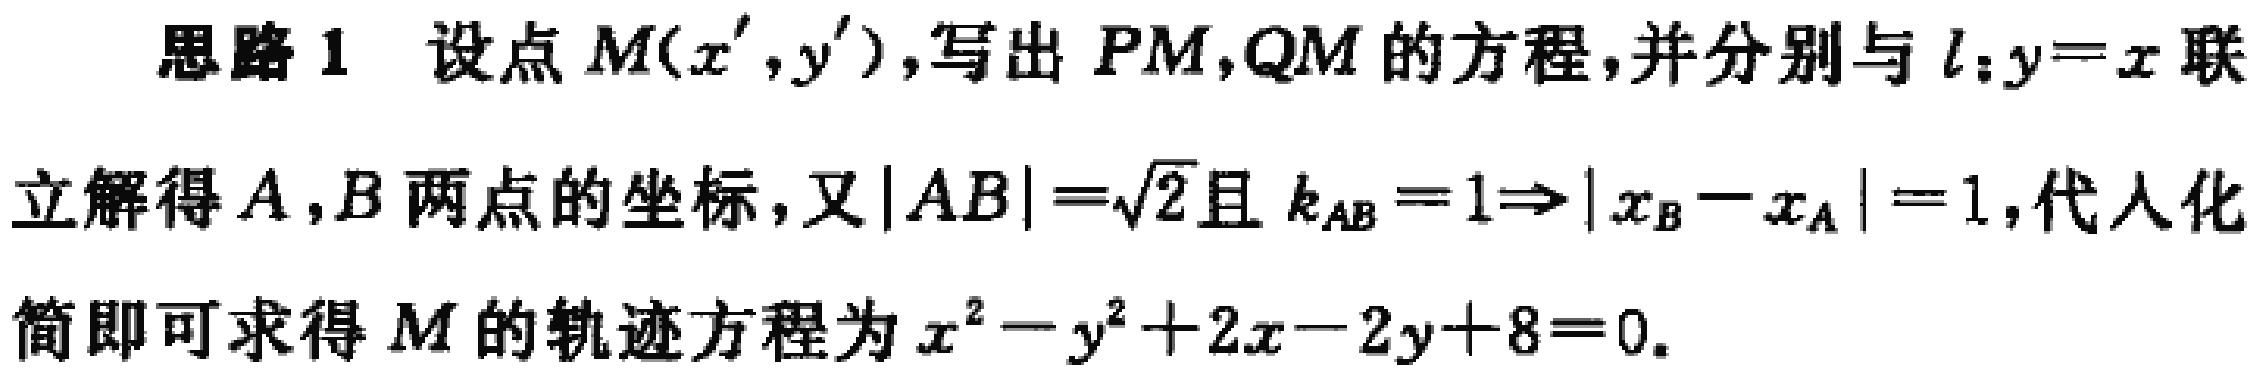
思路 1 设点 \(M(x',y')\),写出 \(PM,QM\) 的方程,并分别与 \(l:y = x\) 联立解得 \(A,B\) 两点的坐标,又 \(|AB|=\sqrt{2}\) 且 \(k_{AB}=1\Rightarrow|x_{B}-x_{A}| = 1\),代入化简即可求得 \(M\) 的轨迹方程为 \(x^{2}-y^{2}+2x - 2y + 8 = 0\).